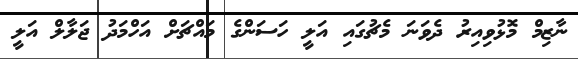
ނާޒިމް މޮޅުވިއިރު ދެވަނަ މެޗުގައި އަލީ ހަސަންގެ މައްޗަށް އަހްމަދު ޖަލާލް އަލީ